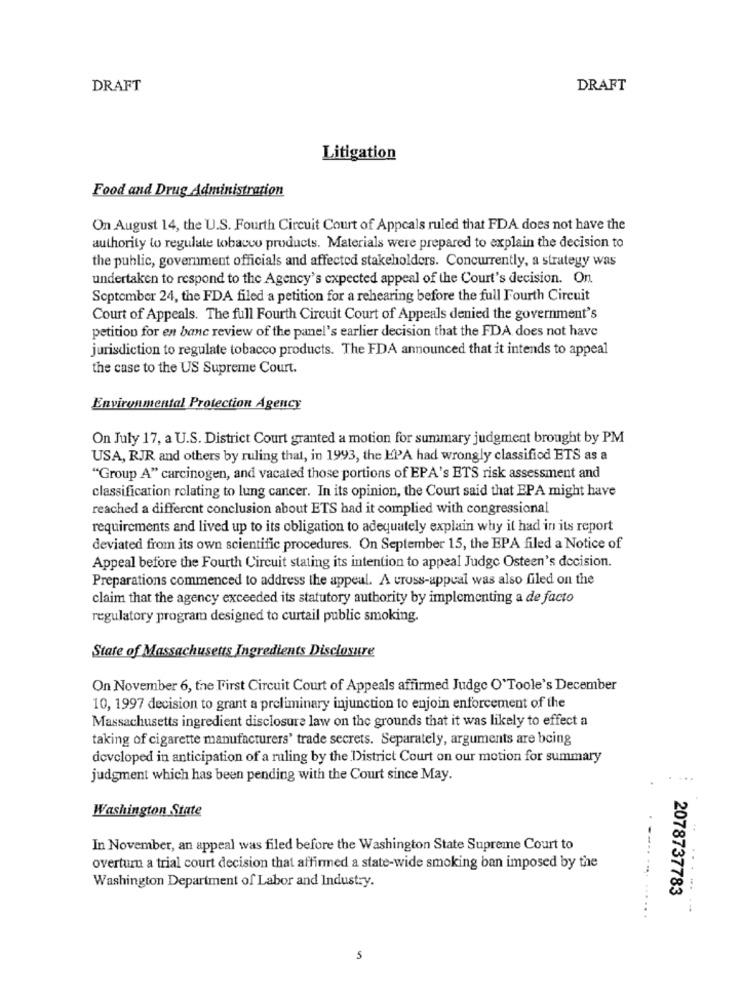
DRAFT
DRAFT
Litigation
Food and Drug Administration
On August 14, the U.S. Fourth Circuit Court of Appeals ruled that FDA does not have the
authority to regulate tobacco products. Materials were prepared to explain the decision to
the public, government officials and affected stakeholders. Concurrently, a strategy was
undertaken to respond to the Agency's expected appeal of the Court's decision. On.
September 24, the FDA filed a petition for a rehearing before the full Fourth Circuit
Court of Appeals. The full Fourth Circuit Court of Appeals denied the government's
petition for en banc review of the panel's earlier decision that the FDA does not have
jurisdiction to regulate tobacco products. The FDA announced that it intends to appeal
the case to the US Supreme Court.
Environmental Protection Agency
On July 17, a U.S. District Court granted a motion for summary judgment brought by PM
USA, RJR and others by ruling that, in 1993, the EPA had wrongly classified ETS as a
"Group A" carcinogen, and vacated those portions of EPA's ETS risk assessment and
classification relating to lung cancer. In its opinion, the Court said that EPA might have
reached a different conclusion about ETS had it complied with congressional
requirements and lived up to its obligation to adequately explain why it had in its report
deviated from its own scientific procedures. On September 15, the EPA filed a Notice of
Appeal before the Fourth Circuit stating its intention to appeal Judgc Osteen's decision.
Preparations commenced to address the appeal. A cross-appeal was also filed on the
claim that the agency exceeded its statutory authority by implementing a de facto
regulatory program designed to curtail public smoking.
State of Massachusetts Ingredients Disclosure
On November 6, the First Circuit Court of Appeals affirmed Judge O'Toole's December
10, 1997 decision to grant a preliminary injunction to enjoin enforcement of the
Massachusetts ingredient disclosure law on the grounds that it was likely to effect a
taking of cigarette manufacturers' trade secrets. Separately, arguments are being
developed in anticipation of a ruling by the District Court on our motion for summary
judgment which has been pending with the Court since May.
Washington State
In November, an appeal was filed before the Washington State Supreme Court to
--...
overturn a trial court decision that affirmed a state-wide smoking ban imposed by the
Washington Department of Labor and Industry.
2078737783
...- --
5